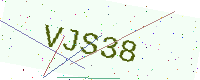
Text: VJS38